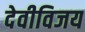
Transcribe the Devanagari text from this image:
देवीविजय